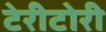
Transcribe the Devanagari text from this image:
टेरीटोरी